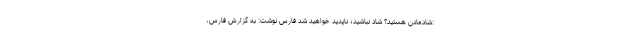
:شادمادن هستید؟ شاد نباشید؛ ناپدید خواهید شد فارس نوشت: به گزارش فارس،